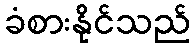
ခံစားနိုင်သည်